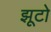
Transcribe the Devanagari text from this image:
झूटो